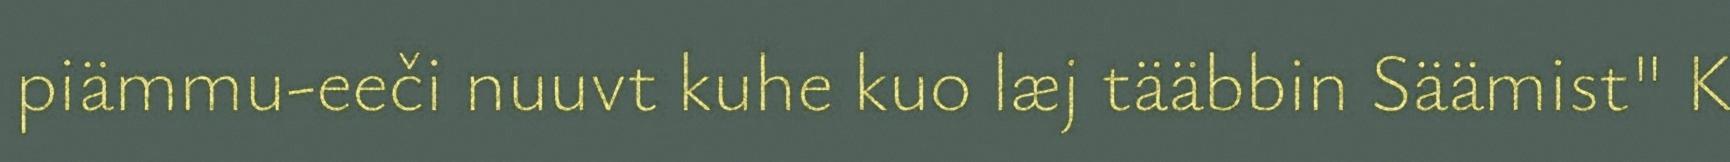
piämmu-eeči nuuvt kuhe kuo læj tääbbin Säämist" K